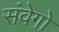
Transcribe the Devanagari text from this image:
संवेगो